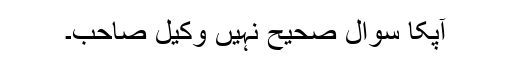
آپکا سوال صحیح نہیں وکیل صاحب۔